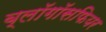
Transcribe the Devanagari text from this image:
ब्लॉगॉसफियर